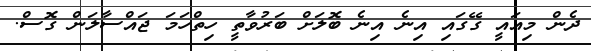
ދެން މިއައީ ގޭގައި އިނެ އިނެ ބޮލަށް ބަރުވާތީ ހިތްހަމަ ޖައްސާލަން ގޮސް.